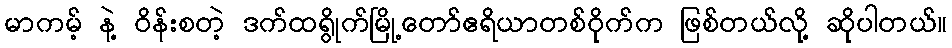
မာကမ့် နဲ့ ဝိန်းစတဲ့ ဒက်ထရွိုက်မြို့တော်ဧရိယာတစ်ဝိုက်က ဖြစ်တယ်လို့ ဆိုပါတယ်။